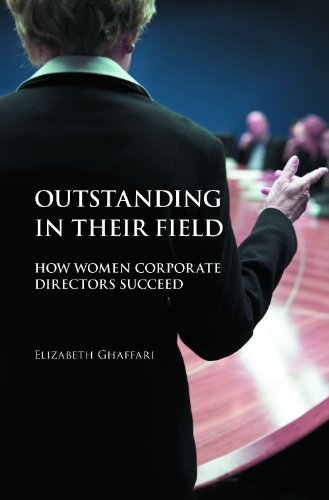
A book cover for Outstanding in Their Field: How Women Corporate Directors Succeed; Elizabeth Ghaffari; Business & Money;